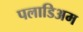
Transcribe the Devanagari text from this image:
पलाडिअम